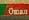
oman